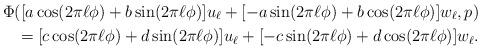
LaTeX: \begin{align*}\Phi([a\cos(2\pi \ell\phi) + b \sin(2\pi \ell \phi)] u_\ell + [-a\sin(2\pi \ell \phi) + b \cos(2\pi \ell \phi)]w_\ell,p) \\= [c\cos(2\pi \ell\phi) + d \sin(2\pi \ell \phi)] u_\ell + [-c\sin(2\pi \ell \phi) + d \cos(2\pi \ell \phi)]w_\ell.\end{align*}